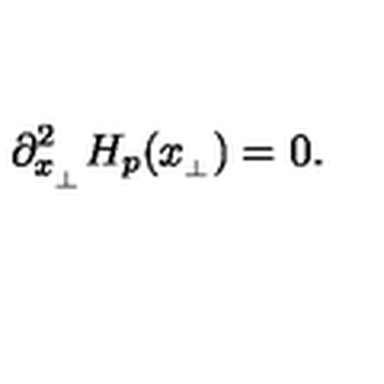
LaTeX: \partial _ { x _ { _ \perp } } ^ { 2 } H _ { p } ( x _ { _ \perp } ) = 0 .